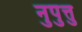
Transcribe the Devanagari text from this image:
नुपुत्तु